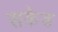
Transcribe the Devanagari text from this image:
सकेड